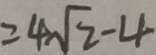
= 4 \sqrt { 2 } - 4